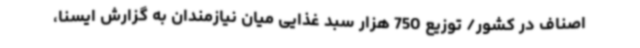
اصناف در کشور/ توزیع 750 هزار سبد غذایی میان نیازمندان به گزارش ایسنا،